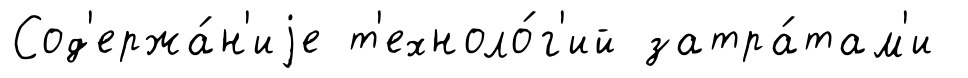
Сод'ержа́н'иjе т'ехноло́г'ий затра́там'и